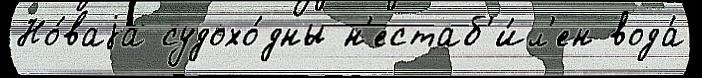
Но́ваjа судохо́дны н'естаб'и́л'ен вода́